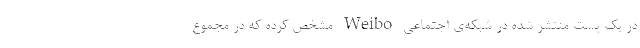
در یک پست منتشر شده در شبکه‌ی اجتماعی Weibo مشخص کرده که در مجموع